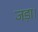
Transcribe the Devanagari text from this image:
जड़ा।